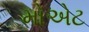
મોએટ